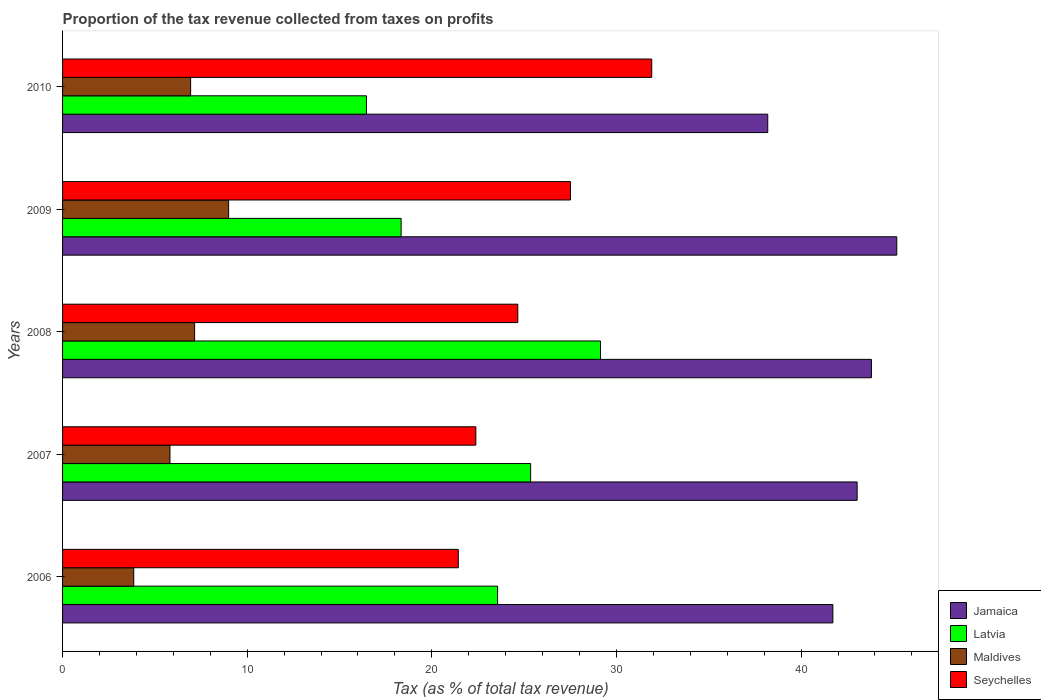
| Years | Jamaica | Latvia | Maldives | Seychelles |
 | --- | --- | --- | --- | --- |
 | 2006 | 41.7 | 23.6 | 3.86 | 21.4 |
 | 2007 | 43 | 25.4 | 5.82 | 22.4 |
 | 2008 | 43.8 | 29.1 | 7.15 | 24.7 |
 | 2009 | 45.2 | 18.3 | 8.99 | 27.5 |
 | 2010 | 38.2 | 16.5 | 6.94 | 31.9 |